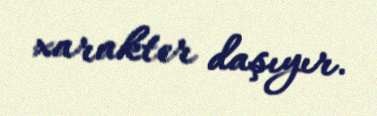
xarakter daşıyır.